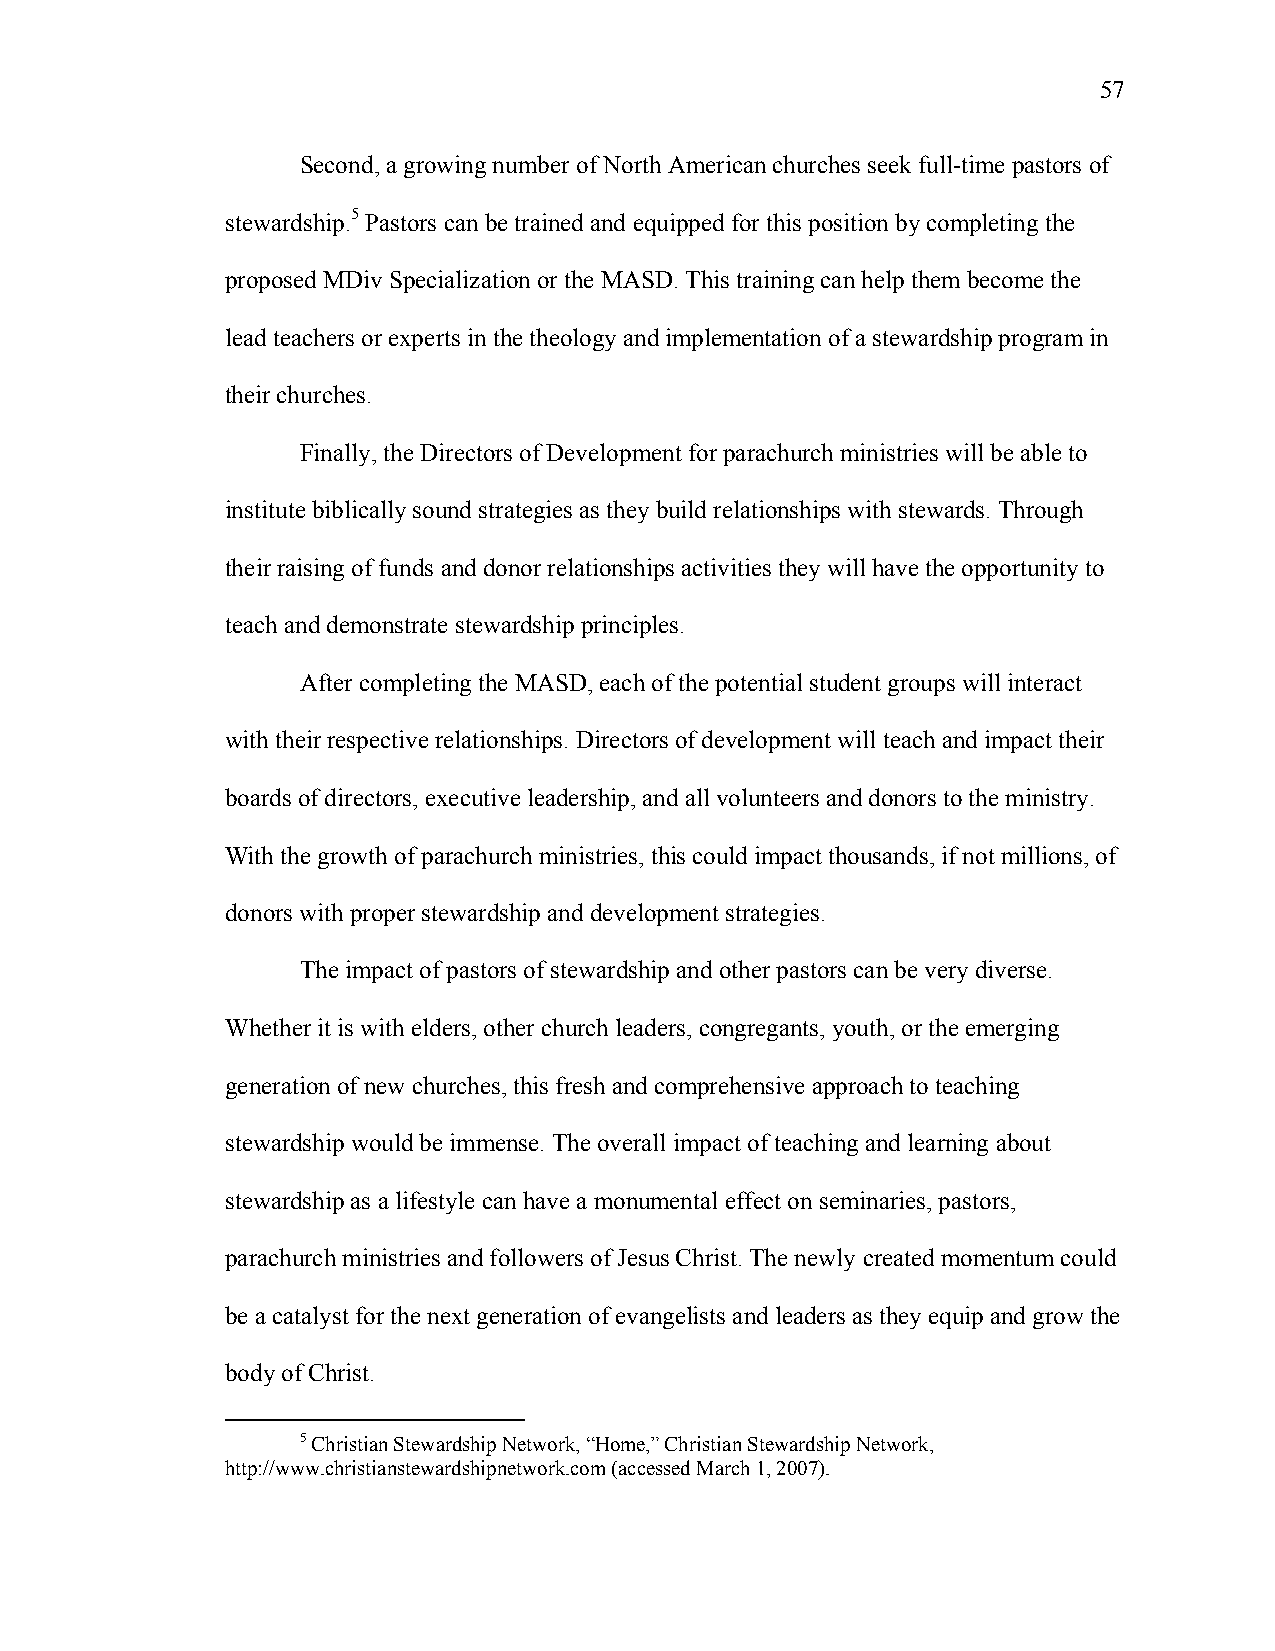
57
 Second, a growing number of North American churches seek full-time pastors of
 stewardship.5 Pastors can be trained and equipped for this position by completing the
 proposed MDiv Specialization or the MASD. This training can help them become the
 lead teachers or experts in the theology and implementation of a stewardship program in
 their churches.
 Finally, the Directors of Development for parachurch ministries will be able to
 institute biblically sound strategies as they build relationships with stewards. Through
 their raising of funds and donor relationships activities they will have the opportunity to
 teach and demonstrate stewardship principles.
 After completing the MASD, each of the potential student groups will interact
 with their respective relationships. Directors of development will teach and impact their
 boards of directors, executive leadership, and all volunteers and donors to the ministry.
 With the growth of parachurch ministries, this could impact thousands, if not millions, of
 donors with proper stewardship and development strategies.
 The impact of pastors of stewardship and other pastors can be very diverse.
 Whether it is with elders, other church leaders, congregants, youth, or the emerging
 generation of new churches, this fresh and comprehensive approach to teaching
 stewardship would be immense. The overall impact of teaching and learning about
 stewardship as a lifestyle can have a monumental effect on seminaries, pastors,
 parachurch ministries and followers of Jesus Christ. The newly created momentum could
 be a catalyst for the next generation of evangelists and leaders as they equip and grow the
 body of Christ.
 5 Christian Stewardship Network, “Home,” Christian Stewardship Network,
 http://www.christianstewardshipnetwork.com (accessed March 1, 2007).